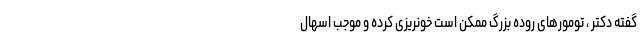
گفته دکتر ، تومورهای روده بزرگ ممکن است خونریزی کرده و موجب اسهال